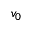
v _ { 0 }